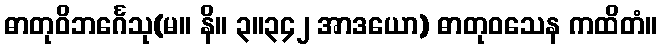
ဓာတုဝိဘင်္ဂေသု(မ။ နိ။ ၃။၃၄၂ အာဒယော) ဓာတုဝသေန ကထိတံ။